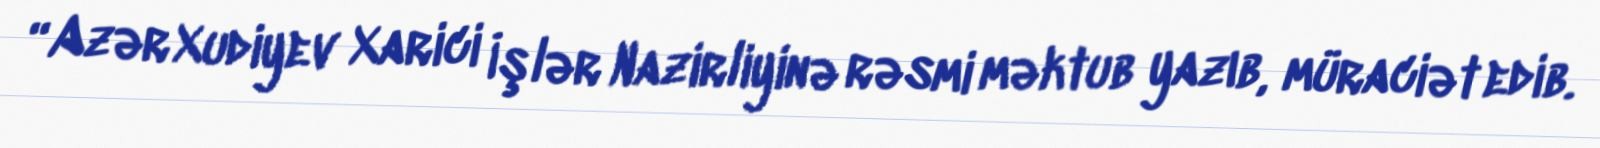
“Azər Xudiyev Xarici İşlər Nazirliyinə rəsmi məktub yazıb, müraciət edib.